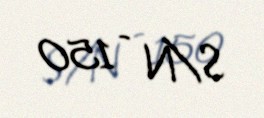
S/N - 150